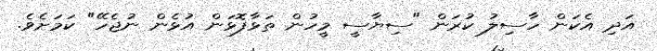
އަދި އެކަން ހާސިލު ކުރަން "ސިޔާސީ މީހުން ތަޅާފޮޅަން އުޅެން ނުޖެހޭ" ކަމަށެވެ.